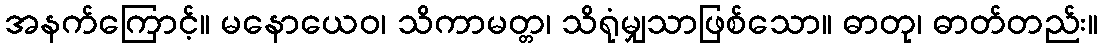
အနက်ကြောင့်။ မနောယေဝ၊ သိကာမတ္တ၊ သိရုံမျှသာဖြစ်သော။ ဓာတု၊ ဓာတ်တည်း။